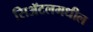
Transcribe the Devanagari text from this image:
सिॲटलमधील